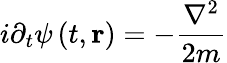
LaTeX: i\partial_{t}\psi\left(t,\mathbf{r}\right)=-\frac{\mathbf{\nabla}^{2}}{2m}